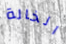
الخالة